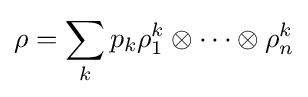
\rho =\sum _{k}p_{k}\rho _{1}^{k}\otimes \cdots \otimes \rho _{n}^{k}